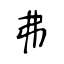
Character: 弗